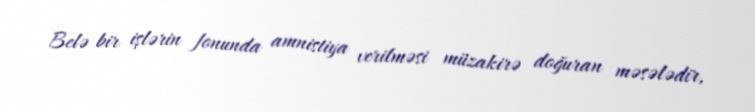
Belə bir işlərin fonunda amnistiya verilməsi müzakirə doğuran məsələdir,